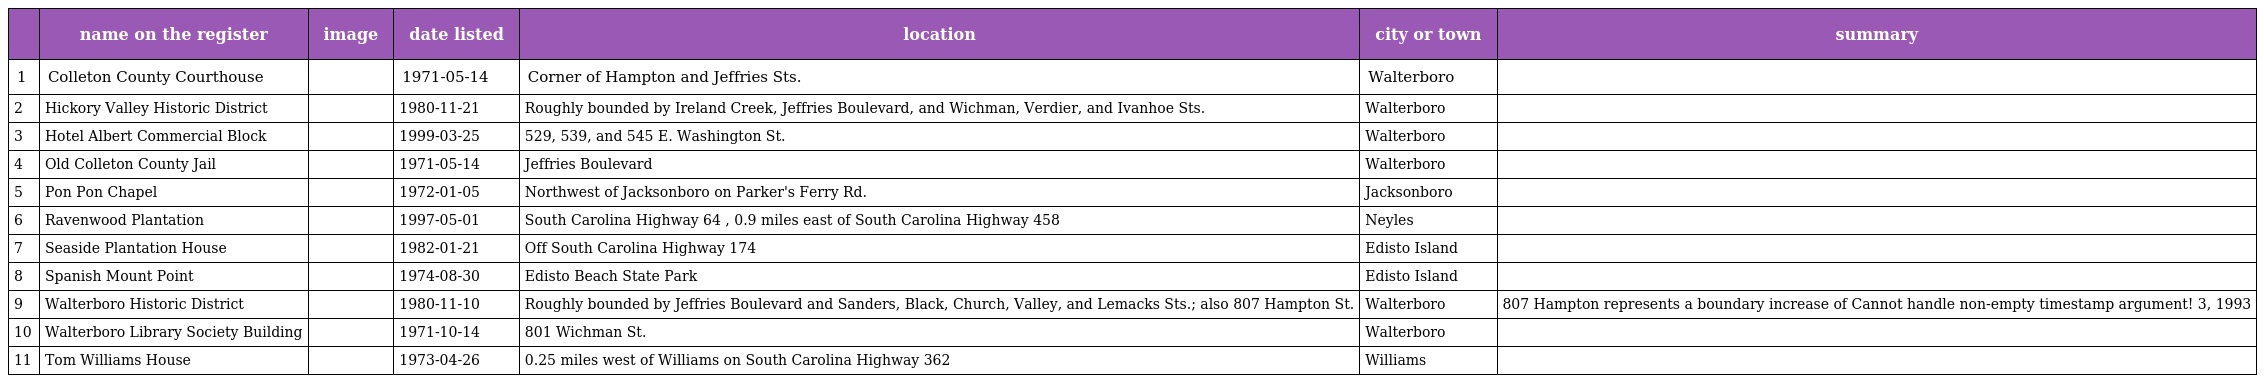
|  | name on the register | image | date listed | location | city or town | summary |
 | --- | --- | --- | --- | --- | --- | --- |
 | 1 | Colleton County Courthouse |  | 1971-05-14 | Corner of Hampton and Jeffries Sts. | Walterboro |  |
 | 2 | Hickory Valley Historic District |  | 1980-11-21 | Roughly bounded by Ireland Creek, Jeffries Boulevard, and Wichman, Verdier, and Ivanhoe Sts. | Walterboro |  |
 | 3 | Hotel Albert Commercial Block |  | 1999-03-25 | 529, 539, and 545 E. Washington St. | Walterboro |  |
 | 4 | Old Colleton County Jail |  | 1971-05-14 | Jeffries Boulevard | Walterboro |  |
 | 5 | Pon Pon Chapel |  | 1972-01-05 | Northwest of Jacksonboro on Parker's Ferry Rd. | Jacksonboro |  |
 | 6 | Ravenwood Plantation |  | 1997-05-01 | South Carolina Highway 64 , 0.9 miles east of South Carolina Highway 458 | Neyles |  |
 | 7 | Seaside Plantation House |  | 1982-01-21 | Off South Carolina Highway 174 | Edisto Island |  |
 | 8 | Spanish Mount Point |  | 1974-08-30 | Edisto Beach State Park | Edisto Island |  |
 | 9 | Walterboro Historic District |  | 1980-11-10 | Roughly bounded by Jeffries Boulevard and Sanders, Black, Church, Valley, and Lemacks Sts.; also 807 Hampton St. | Walterboro | 807 Hampton represents a boundary increase of Cannot handle non-empty timestamp argument! 3, 1993 |
 | 10 | Walterboro Library Society Building |  | 1971-10-14 | 801 Wichman St. | Walterboro |  |
 | 11 | Tom Williams House |  | 1973-04-26 | 0.25 miles west of Williams on South Carolina Highway 362 | Williams |  |